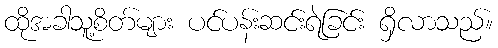
ထိုအခါသူ့စိတ်များ ပင်ပန်းဆင်းရဲခြင်း ရှိလာသည်။